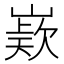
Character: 𭗊